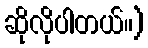
ဆိုလိုပါတယ်။)